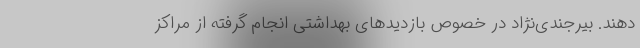
دهند. بیرجندی‌نژاد در خصوص بازدیدهای بهداشتی انجام گرفته از مراکز